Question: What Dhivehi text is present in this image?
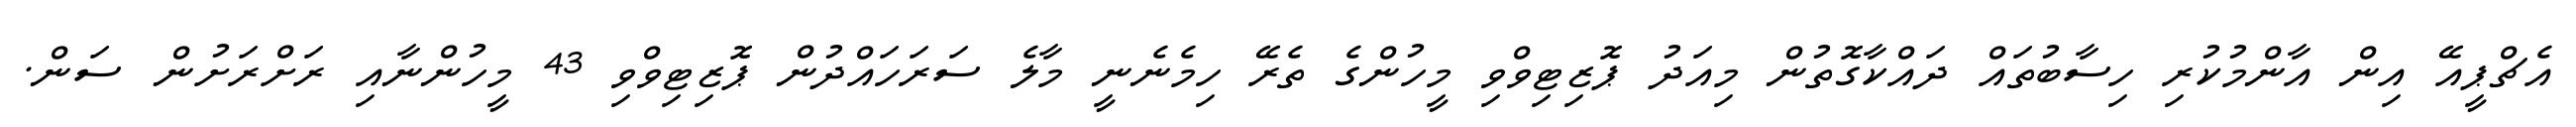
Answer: އެޗްޕީއޭ އިން އާންމުކުރި ހިސާބުތައް ދައްކާގޮތުން މިއަދު ޕޮޒިޓިވްވި މީހުންގެ ތެރޭ ހިމެނެނީ މާލެ ސަރަހައްދުން ޕޮޒިޓިވްވި 43 މީހުންނާއި ރަށްރަށުން ސަން.